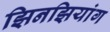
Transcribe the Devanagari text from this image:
झिनझियांग